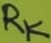
Text: RK